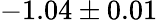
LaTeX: -1.04\pm 0.01